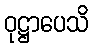
ဝုဋ္ဌာပေသိ